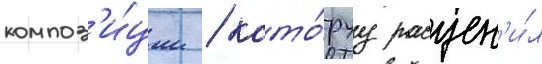
композ'и́ции / кото́руу расцен'и́л